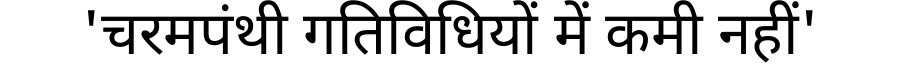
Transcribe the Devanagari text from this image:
'चरमपंथी गतिविधियों में कमी नहीं'